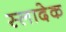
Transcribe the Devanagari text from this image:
स्लादेक